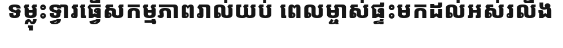
ទម្លុះទ្វារធ្វើសកម្មភាពរាល់យប់ ពេលម្ចាស់ផ្ទះមកដល់អស់រលីង